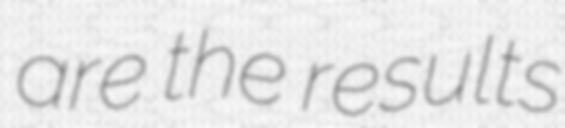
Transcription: are the results